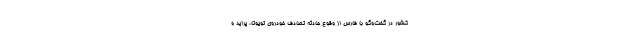
کشور در گفت‌وگو با فارس از وقوع حادثه تصادف خودروی تویوتا، پراید و